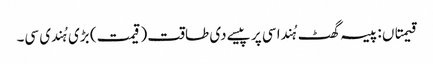
قیمتاں : پیسہ گھٹ ہُندا سی پر پیسے دی طاقت (قیمت) بڑی ہُندی سی۔